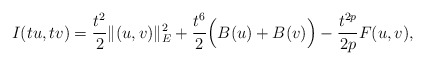
\begin{align*}I(tu,tv)=\frac{t^{2}}{2}\|(u,v)\|_{E}^{2}+\frac{t^{6}}{2}\Big(B(u)+B(v)\Big)-\frac{t^{2p}}{2p}F(u,v),\end{align*}